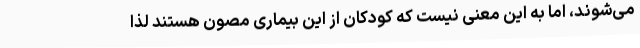
می‌شوند، اما به این معنی نیست که کودکان از این بیماری مصون هستند لذا